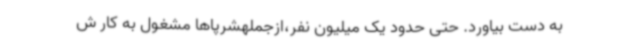
به دست بیاورد. حتی حدود یک میلیون نفر،ازجملهشرپاها مشغول به کار ش